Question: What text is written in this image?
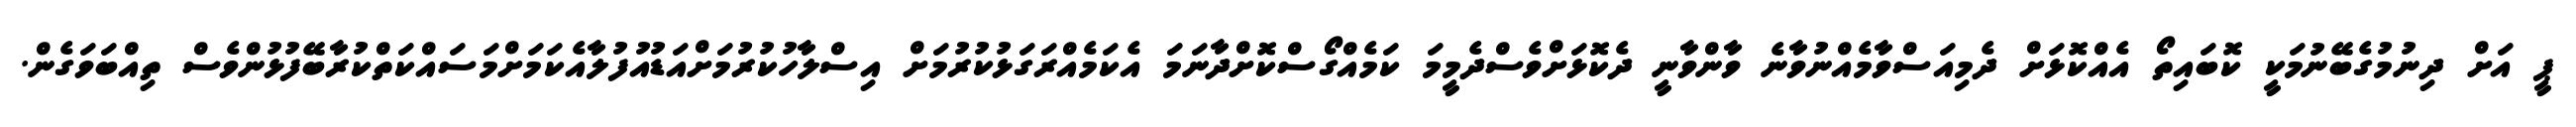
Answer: ޕީ އަށް ދިނުމުގެބޭނުމަކީ ކޮބައިތޯ އެއްކޮޅަށް ދެމިއަސްވާމެއްނުވާނެ ވާންވާނީ ދެކޮޅަށްވެސްދެމީމަ ކަމެއްގޯސްކޮށްދާނަމަ އެކަމެއްރަގަޅުކުރުމަށް އިސްލާހުކުރުމަށްއަޑުއުފުލާއެކަމަށްމަސައްކަތްކުރާބޭފުޅުންވެސް ތިއްބަވަގެން.